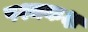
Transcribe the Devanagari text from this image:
पश्चकक्ष